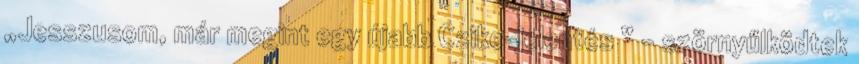
„Jesszu­som, már megint egy újabb Czike-jelentés ” – szörnyűlködtek